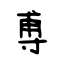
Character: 尃